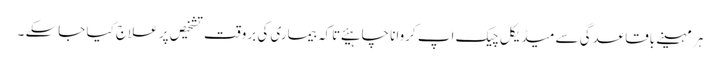
ہر مہینے باقاعدگی سے میڈیکل چیک اپ کروانا چاہیئے تاکہ بیماری کی بروقت تشخیص پر علاج کیا جاسکے ۔